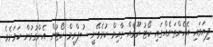
ފިޔަވައި އެހެންތަނެއްގައި ކޯޓު ރޫމެއް ގާއިމް ކުރެވޭނީ ސުޕްރީމް ކޯޓުން އެންގުމުން ކަމަށެވެ.